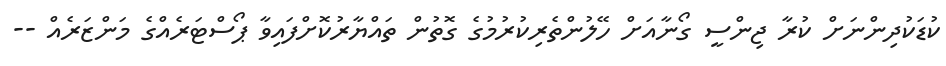
ކުޑަކުދިންނަށް ކުރާ ޖިންސީ ގޯނާއަށް ހޭލުންތެރިކުރުމުގެ ގޮތުން ތައްޔާރުކޮށްފައިވާ ޕޯސްޓަރެއްގެ މަންޒަރެއް --